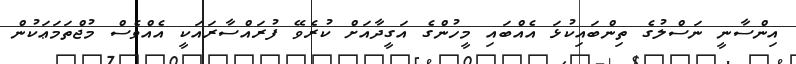
އިންސާނީ ނަސްލުގެ ތިންބައިކުޅަ އެއްބައި މީހުންގެ އަގީދާއަށް ކުރެވޭ ފުރައްސާރައަކީ އެއްވެސް މުޖްތަމަޢަކުން